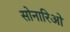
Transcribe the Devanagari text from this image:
सोनारिओ